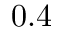
0 . 4